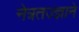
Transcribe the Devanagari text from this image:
नेत्रतज्ज्ञाने